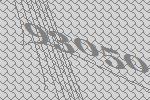
93050